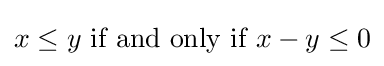
x\leq y{\text{ if and only if }}x-y\leq 0